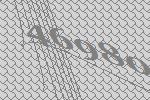
46980